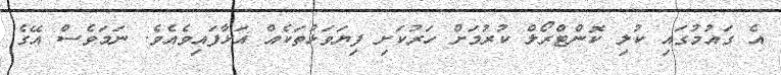
އެ ގައުމުގައި ކުލި ކޮންޓްރޯލް ކުރުމަށް ހަރުކަށި ފިޔަވަޅުތަކެއް އަޅާފައިވެއެވެ. ނަމަވެސް އޭގެ